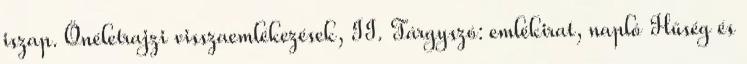
iszap. Önéletrajzi visszaemlékezések, II. Tárgyszó: emlékirat, napló Hűség és